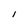
Character: I